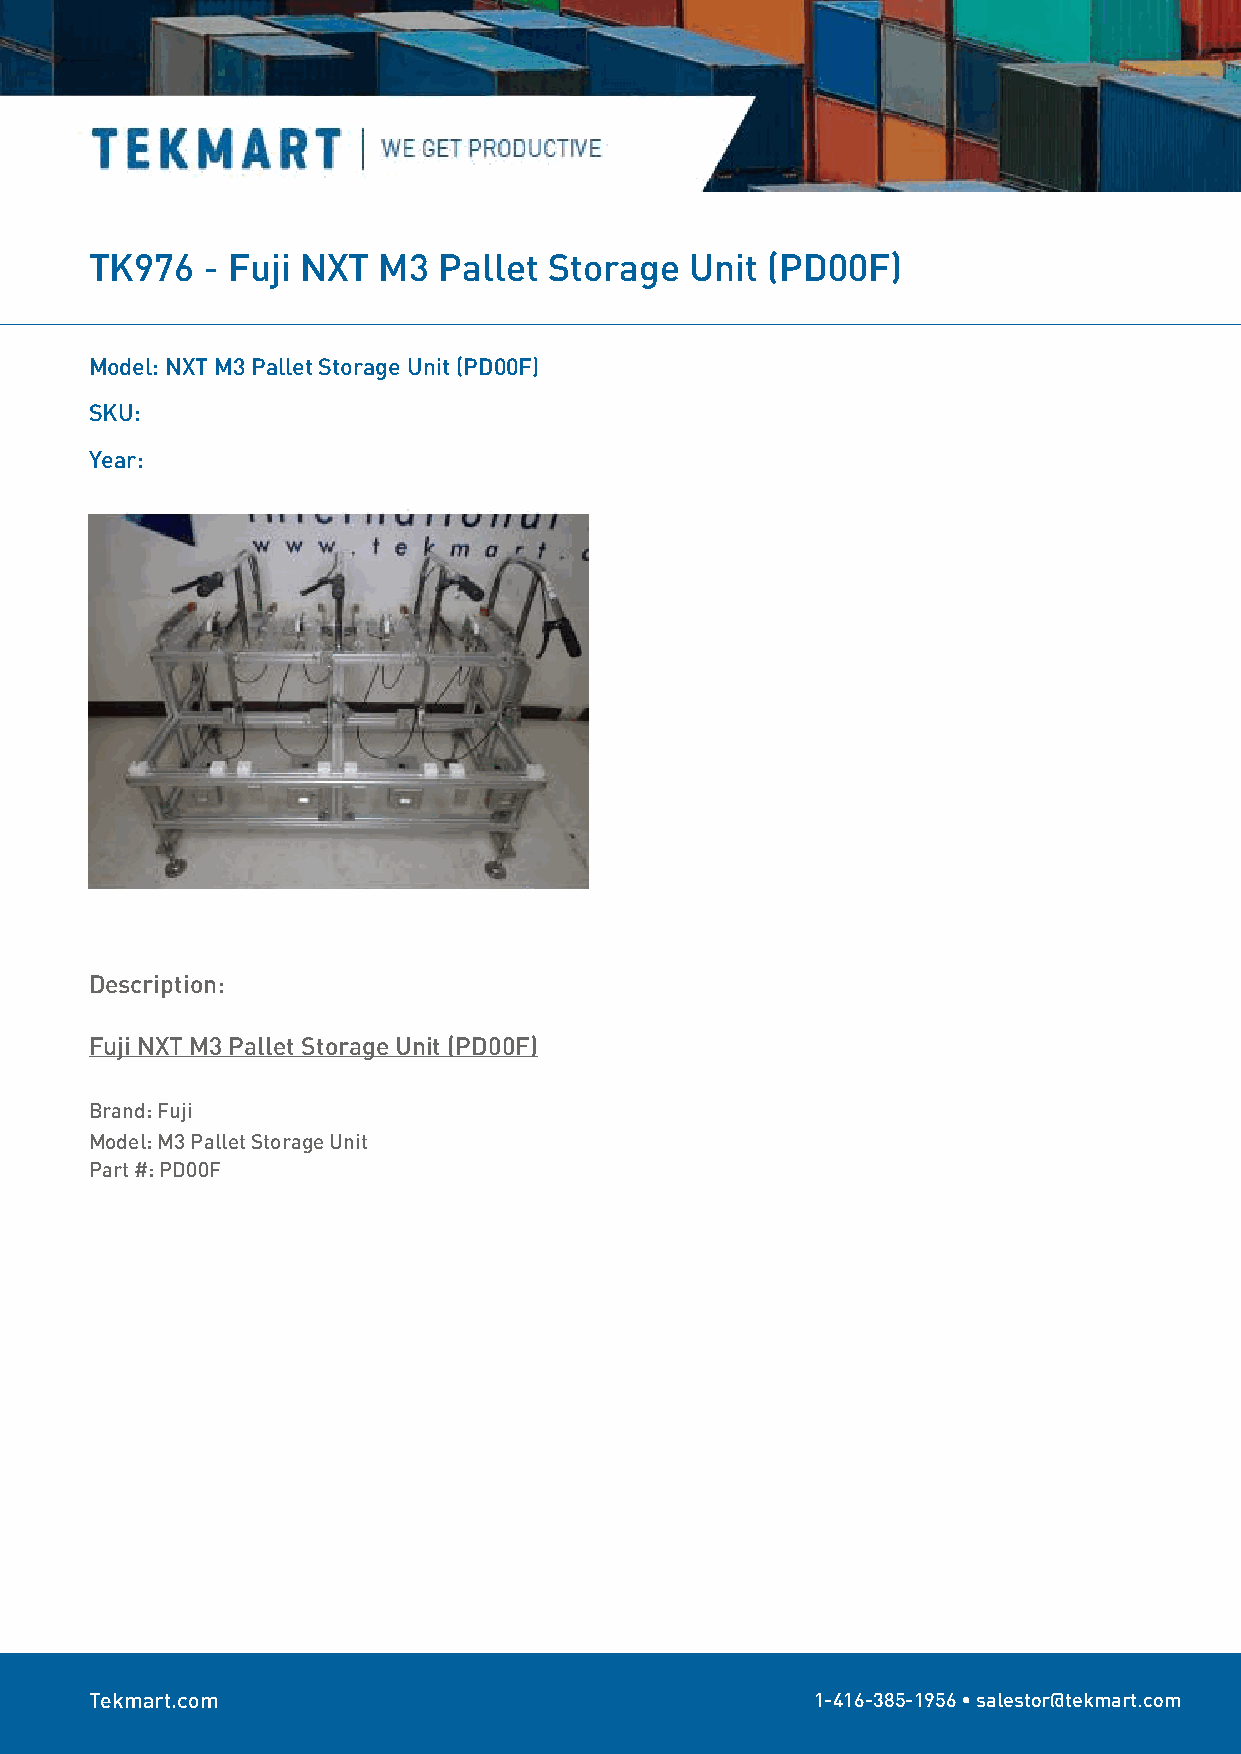
TK976  - Fuji NXT  M3  Pallet Storage   Unit (PD00F)
 Model: NXT M3 Pallet Storage Unit (PD00F)
 SKU:
 Year:
 Description:
 Fuji NXT M3 Pallet Storage Unit (PD00F)
 Brand: Fuji
 Model: M3 Pallet Storage Unit
 Part #: PD00F
 Tekmart.com                                     1-416-385-1956 • salestor@tekmart.com